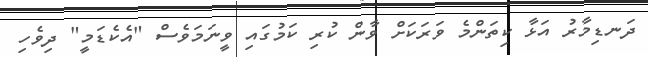
ދަނޑިމާރު އަޅާ ކިތަންމެ ވަރަކަށް ވާން ކުރި ކަމުގައި ވީނަމަވެސް "އެކެޑަމީ" ދިވެހި